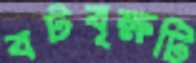
বটবৃক্ষটি